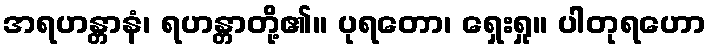
အရဟန္တာနံ၊ ရဟန္တာတို့၏။ ပုရတော၊ ရှေးရှု။ ပါတုရဟော